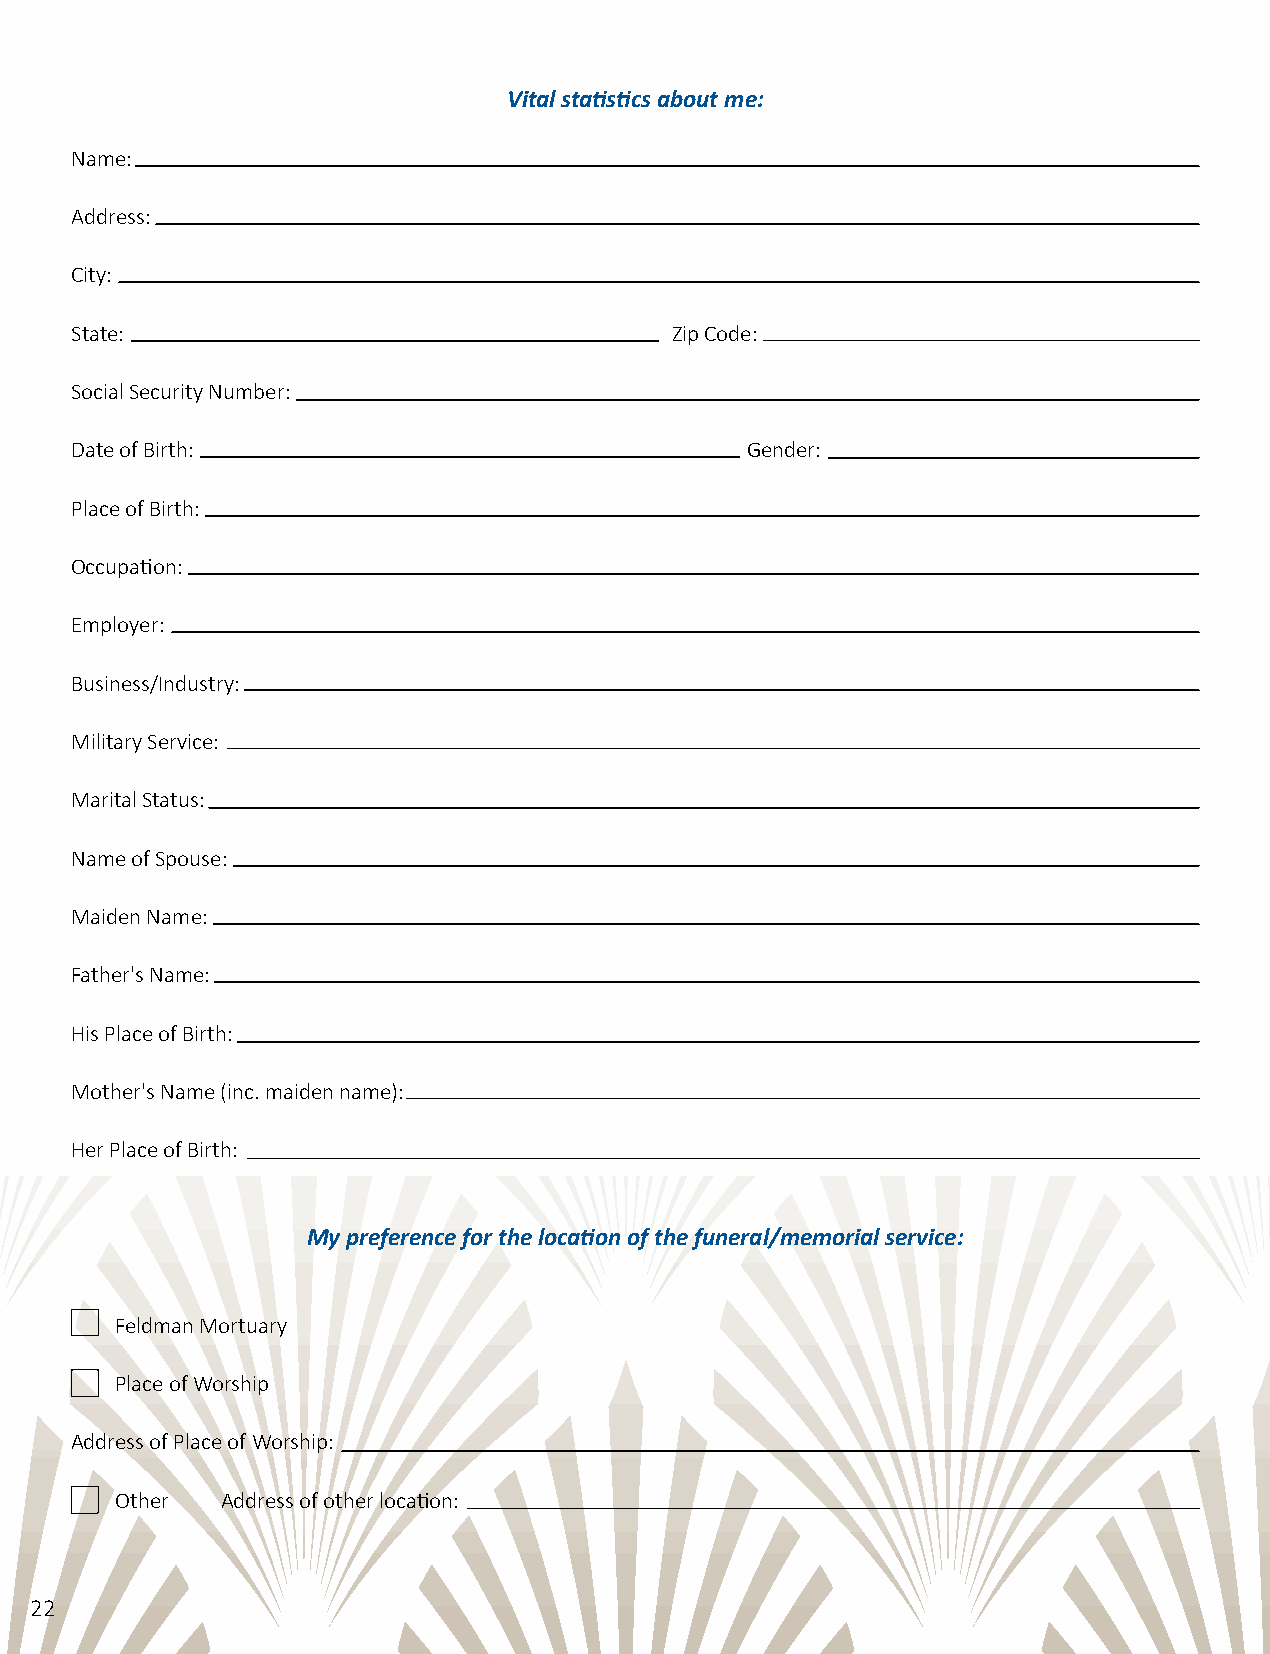
Vital statistics about me:
 Name:
 Address:
 City:
 State:                                 Zip Code:
 Social Security Number:
 Date of Birth:                              Gender:
 Place of Birth:
 Occupation:
 Employer:
 Business/Industry:
 Military Service:
 Marital Status:
 Name of Spouse:
 Maiden Name:
 Father's Name:
 His Place of Birth:
 Mother's Name (inc. maiden name):
 Her Place of Birth:
 My preference for the location of the funeral/memorial service:
 Feldman Mortuary
 Place of Worship
 Address of Place of Worship:
 Other  Address of other location:
 22